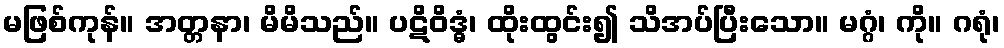
မဖြစ်ကုန်။ အတ္တနာ၊ မိမိသည်။ ပဋိဝိဒ္ဓံ၊ ထိုးထွင်း၍ သိအပ်ပြီးသော။ မဂ္ဂံ၊ ကို။ ဂရုံ၊